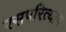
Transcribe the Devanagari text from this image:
रसपरित्याग